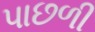
પાછળી